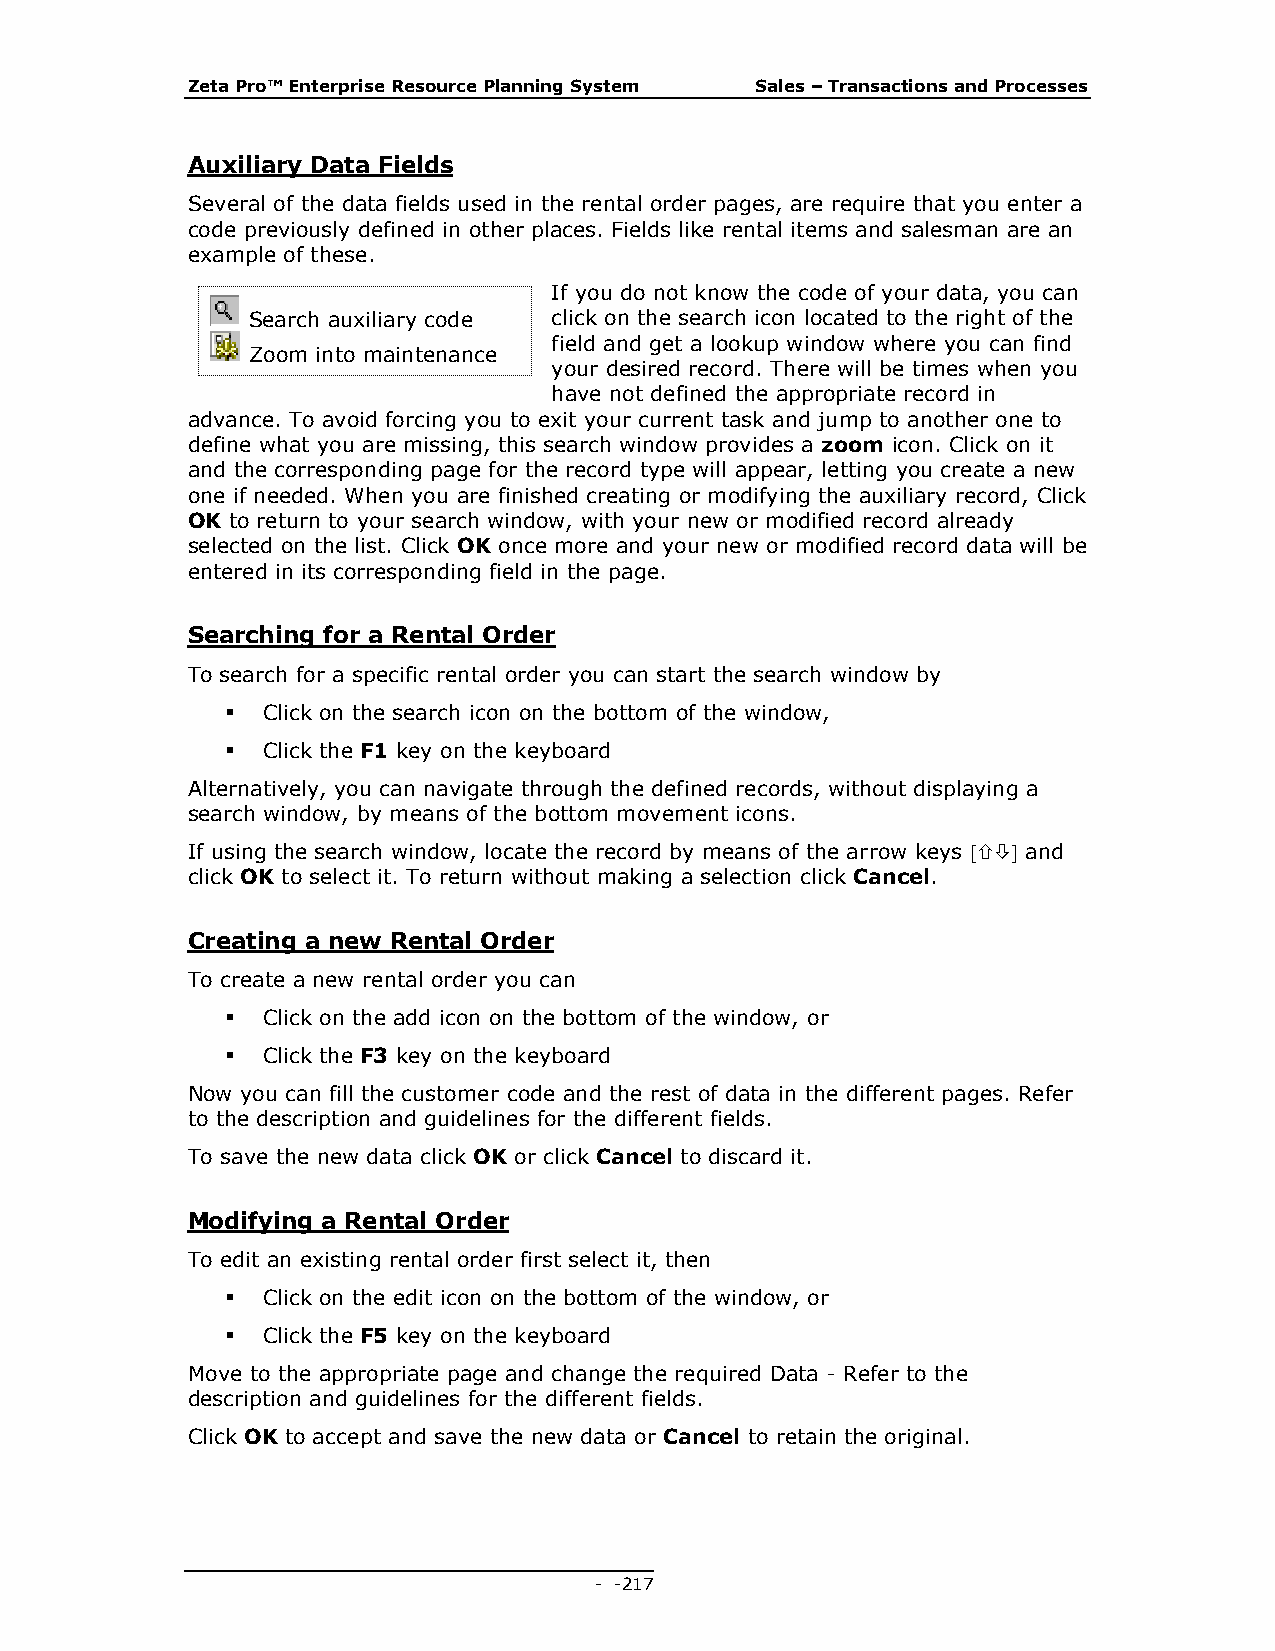
Zeta Pro™ Enterprise Resource Planning System Sales – Transactions and Processes
 Auxiliary Data Fields
 Several of the data fields used in the rental order pages, are require that you enter a
 code previously defined in other places. Fields like rental items and salesman are an
 example of these.
 If you do not know the code of your data, you can
 Search auxiliary code click on the search icon located to the right of the
 field and get a lookup window where you can find
 Zoom into maintenance
 your desired record. There will be times when you
 have not defined the appropriate record in
 advance. To avoid forcing you to exit your current task and jump to another one to
 define what you are missing, this search window provides a zoom icon. Click on it
 and the corresponding page for the record type will appear, letting you create a new
 one if needed. When you are finished creating or modifying the auxiliary record, Click
 OK to return to your search window, with your new or modified record already
 selected on the list. Click OK once more and your new or modified record data will be
 entered in its corresponding field in the page.
 Searching for a Rental Order
 To search for a specific rental order you can start the search window by
  Click on the search icon on the bottom of the window,
  Click the F1 key on the keyboard
 Alternatively, you can navigate through the defined records, without displaying a
 search window, by means of the bottom movement icons.
 If using the search window, locate the record by means of the arrow keys  and
 click OK to select it. To return without making a selection click Cancel.
 Creating a new Rental Order
 To create a new rental order you can
  Click on the add icon on the bottom of the window, or
  Click the F3 key on the keyboard
 Now you can fill the customer code and the rest of data in the different pages. Refer
 to the description and guidelines for the different fields.
 To save the new data click OK or click Cancel to discard it.
 Modifying a Rental Order
 To edit an existing rental order first select it, then
  Click on the edit icon on the bottom of the window, or
  Click the F5 key on the keyboard
 Move to the appropriate page and change the required Data - Refer to the
 description and guidelines for the different fields.
 Click OK to accept and save the new data or Cancel to retain the original.
 - - 217